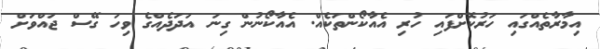
އިމާރާތެއްގައި ހަރުކޮށްފައި ހުރި އެއާކޯންތަކެއް. އެއާކޯނުން ގިނަ އަދަދެއްގެ ވިހަ ގޭސް ޖައްވަށް